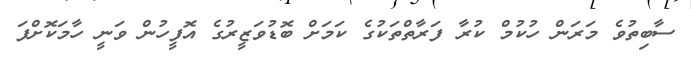
ސާބިތުވެ މަރަން ހުކުމް ކުރާ ފަރާތްތަކުގެ ކަމަށް ބޮޑުވަޒީރުގެ އޮފީހުން ވަނީ ހާމަކޮށްފަ